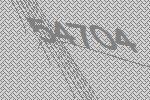
54704